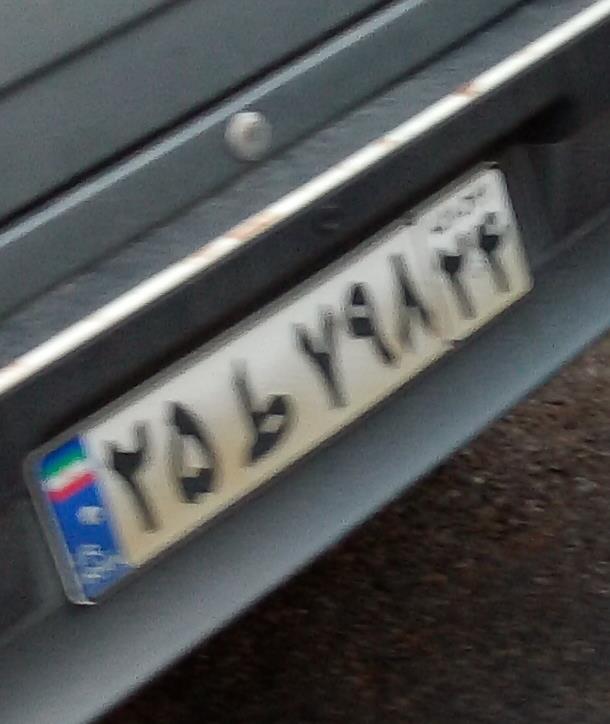
۲۵ط۷۹۸۲۴